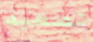
تصعيد